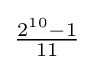
{\tfrac {2^{10}-1}{11}}